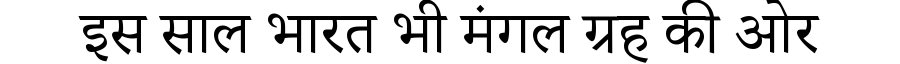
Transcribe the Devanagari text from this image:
इस साल भारत भी मंगल ग्रह की ओर